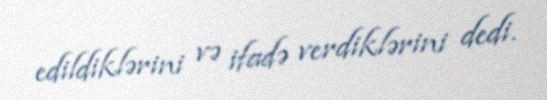
edildiklərini və ifadə verdiklərini dedi.